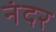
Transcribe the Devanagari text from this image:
नंदर